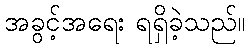
အခွင့်အရေး ရရှိခဲ့သည်။